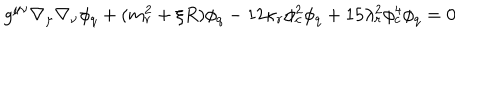
g ^ { \mu \nu } \nabla _ { \mu } \nabla _ { \nu } \phi _ { q } + ( m _ { r } ^ { 2 } + \xi R ) \phi _ { q } - 1 2 \kappa _ { r } \phi _ { c } ^ { 2 } \phi _ { q } + 1 5 \lambda _ { r } ^ { 2 } \phi _ { c } ^ { 4 } \phi _ { q } = 0